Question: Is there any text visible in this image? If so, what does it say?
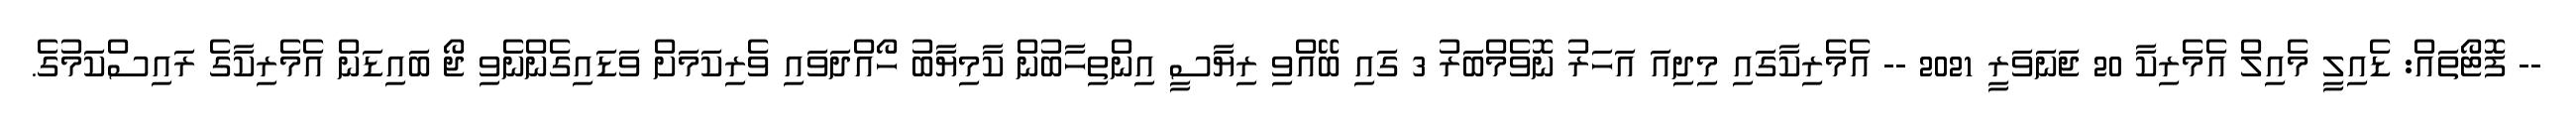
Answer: -- ފޮޓޯތައް: ޑެއިލީ މެއިލް އެމެރިކާ 20 ޖަނަވަރީ 2021 -- އެމެރިކާގައި މިދިއަ އަހަރު ނޮވެމްބަރު 3 ގައި ބޭއްވި ރިޔާސީ އިންތިހާބުން ކާމިޔާބު ހޯއްދަވައި ވެރިކަމަށް ވަޑައިގެންނެވި ޖޯ ބައިޑަން އެމެރިކާގެ ރައިސްކަމުގެ.